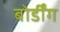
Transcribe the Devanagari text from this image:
बोर्डींग